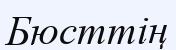
Бюсттің